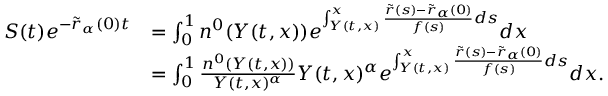
\begin{array} { r l } { S ( t ) e ^ { - \tilde { r } _ { \alpha } ( 0 ) t } } & { = \int _ { 0 } ^ { 1 } { n ^ { 0 } ( Y ( t , x ) ) e ^ { \int _ { Y ( t , x ) } ^ { x } { \frac { \tilde { r } ( s ) - \tilde { r } _ { \alpha } ( 0 ) } { f ( s ) } d s } } d x } } \\ & { = \int _ { 0 } ^ { 1 } { \frac { n ^ { 0 } ( Y ( t , x ) ) } { Y ( t , x ) ^ { \alpha } } Y ( t , x ) ^ { \alpha } e ^ { \int _ { Y ( t , x ) } ^ { x } { \frac { \tilde { r } ( s ) - \tilde { r } _ { \alpha } ( 0 ) } { f ( s ) } d s } } d x } . } \end{array}